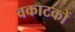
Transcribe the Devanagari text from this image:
वकाटकों